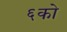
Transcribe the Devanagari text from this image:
६को